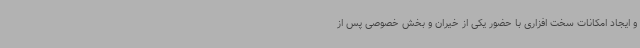
و ایجاد امکانات سخت افزاری با حضور یکی از خیران و بخش خصوصی پس از